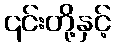
၎င်းတို့နှင့်